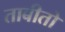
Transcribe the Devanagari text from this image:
ताबीतो